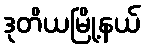
ဒုတိယမြို့နယ်